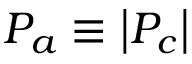
P _ { a } \equiv { \left| { P _ { c } } \right| }